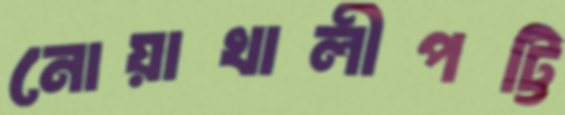
নোয়াখালীপট্টি